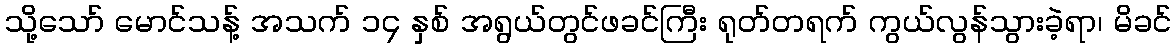
သို့သော် မောင်သန့် အသက် ၁၄ နှစ် အရွယ်တွင်ဖခင်ကြီး ရုတ်တရက် ကွယ်လွန်သွားခဲ့ရာ၊ မိခင်